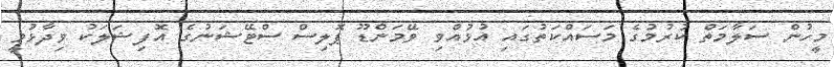
މީހުން ސަލާމަތް ކުރުމުގެ މަސައްކަތުގައި އުޅުއްވި ވޭމަންޑޫ ޕޮލިސް ސްޓޭޝަނުގެ އޮފިޝަލަކު ވިދާޅުވީ